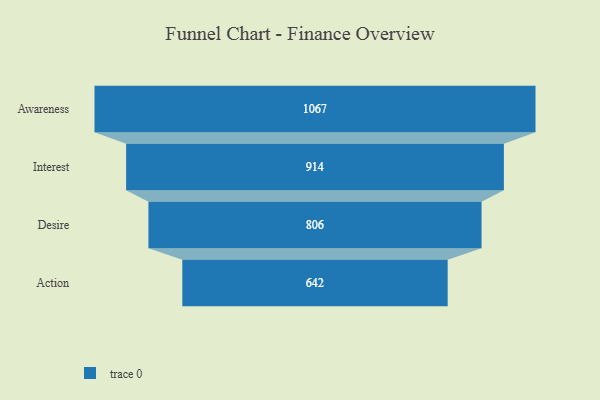
{"axis": {"x": "Stage", "y": "Value"}, "legend": [""], "data": [{"x": "Awareness", "y": 1067.0, "type": ""}, {"x": "Interest", "y": 914.0, "type": ""}, {"x": "Desire", "y": 806.0, "type": ""}, {"x": "Action", "y": 642.0, "type": ""}]}